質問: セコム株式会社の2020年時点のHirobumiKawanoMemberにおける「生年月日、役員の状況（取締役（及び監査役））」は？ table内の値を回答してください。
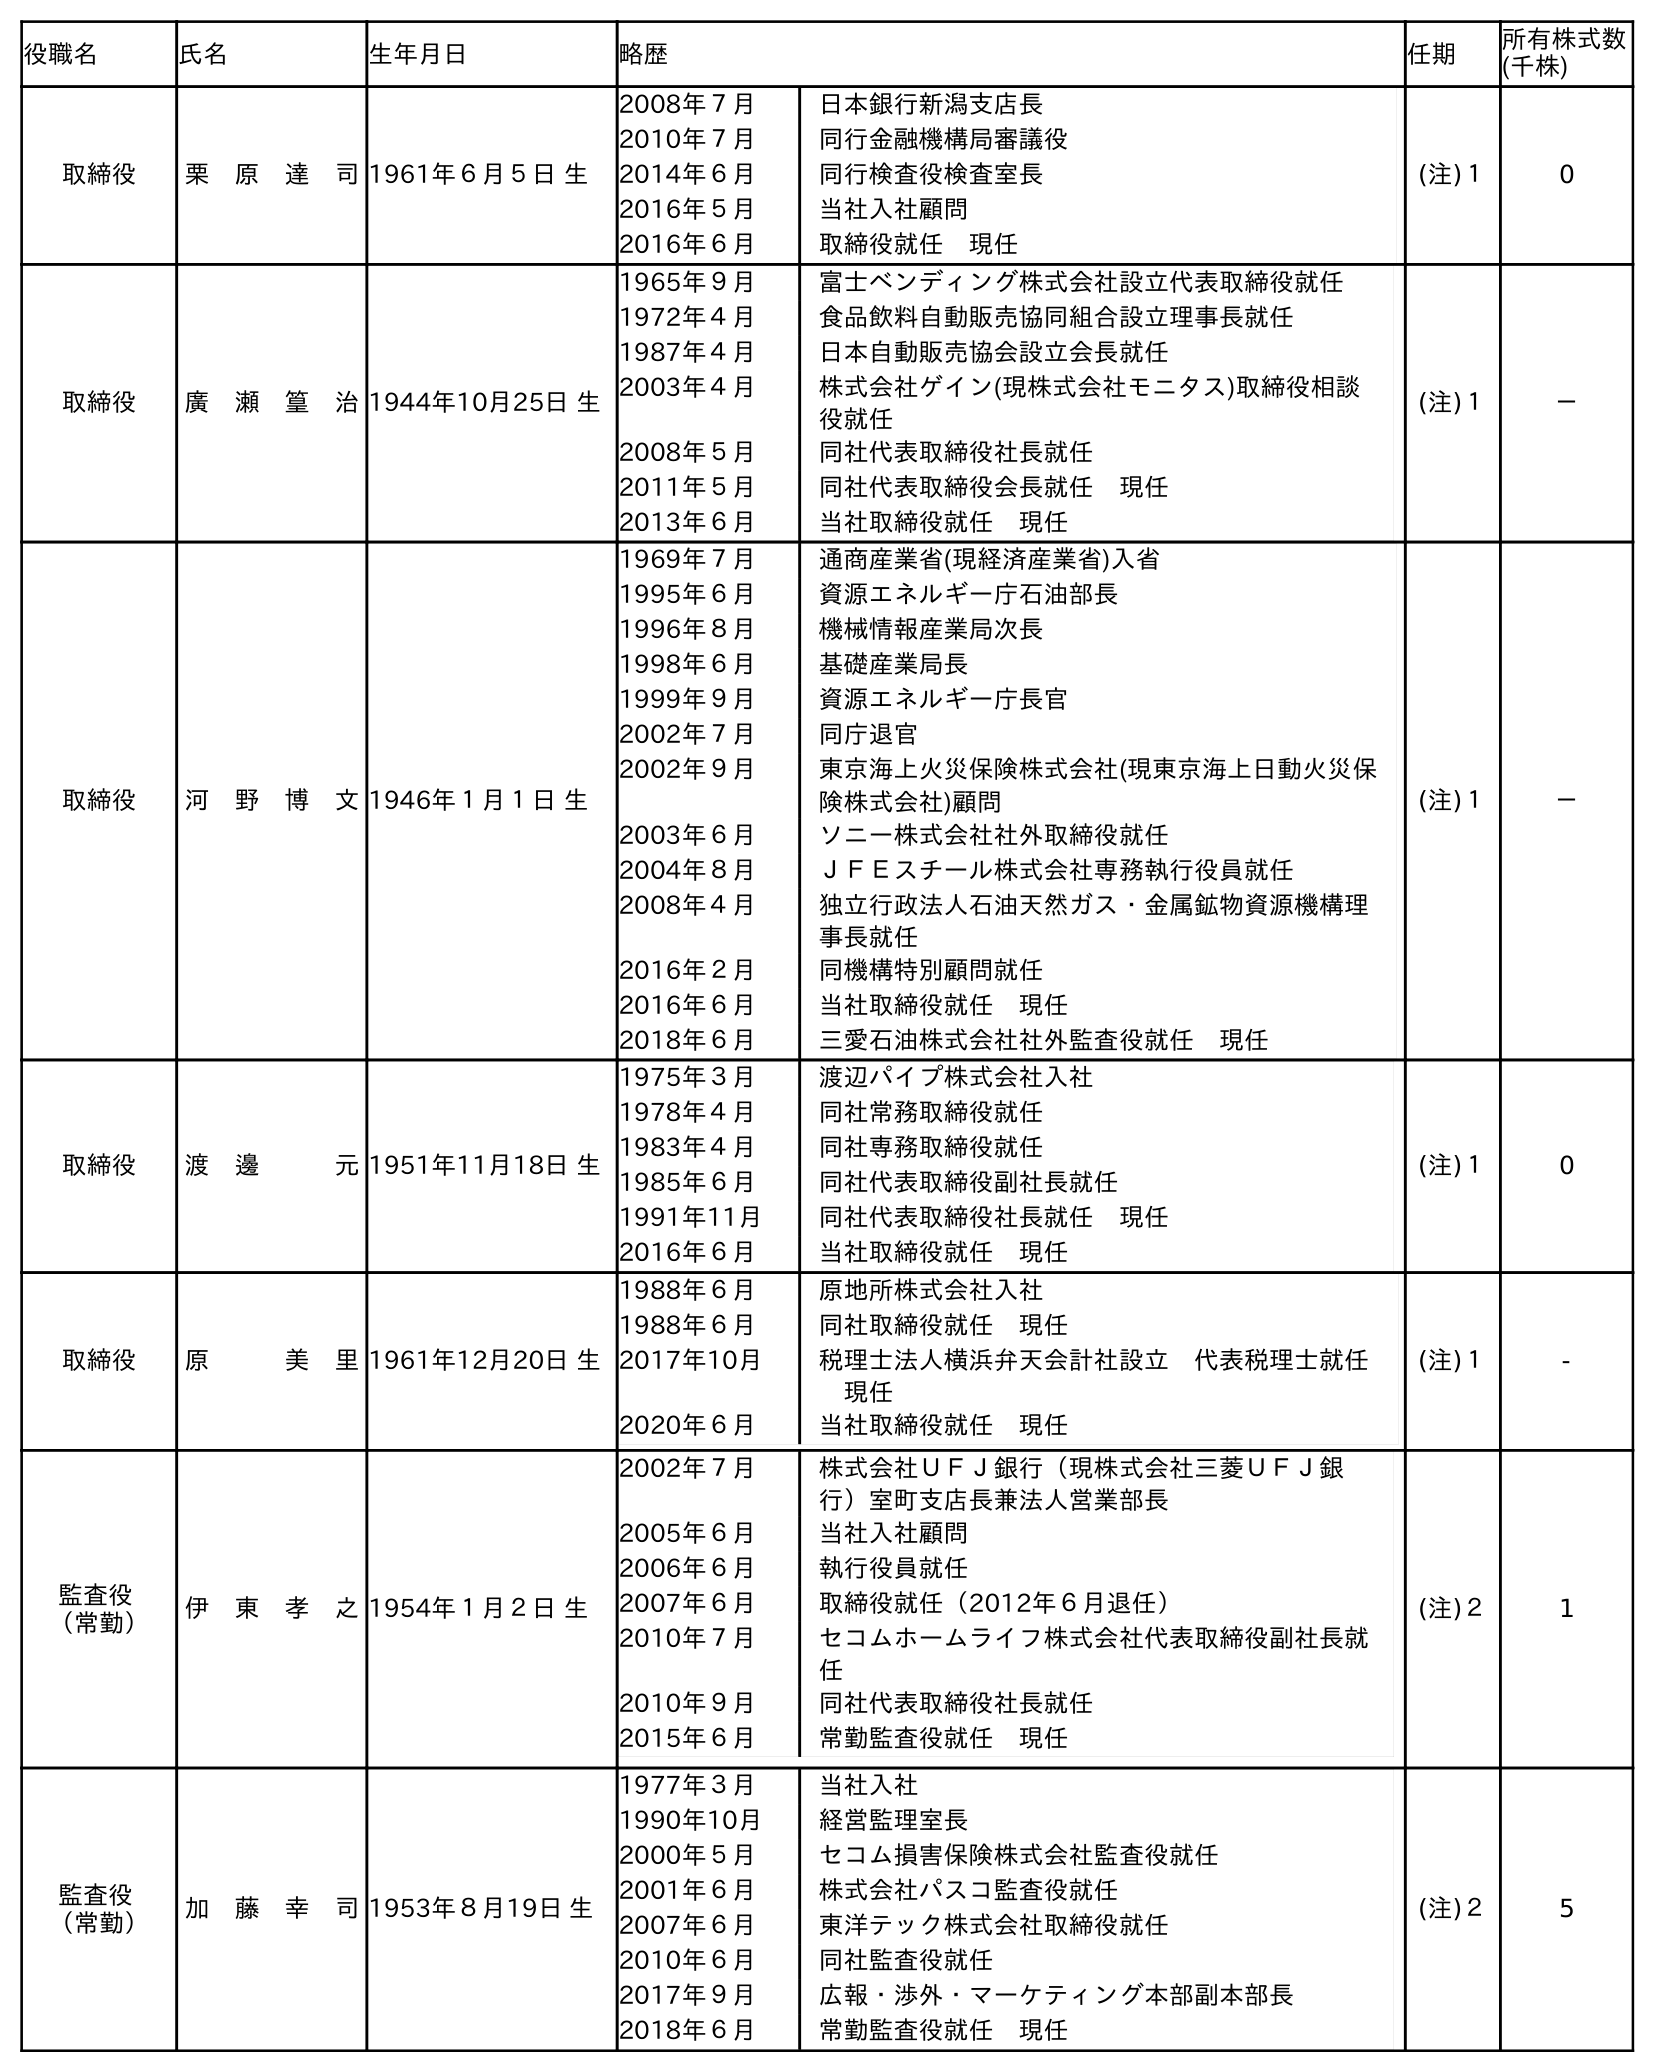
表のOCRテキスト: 役職名 氏名 生年月日 略歴 任期 所有株式数 (千株) 取締役 栗 原 達 司1961年６月５日 生 2008年７月 日本銀行新潟支店長 2010年７月 同行金融機構局審議役 2014年６月 同行検査役検査室長 2016年５月 当社入社顧問 2016年６月 取締役就任 現任 (注)１ 0 取締役 廣 瀬 篁 治1944年10月25日 生 1965年９月 富士ベンディング株式会社設立代表取締役就任 1972年４月 食品飲料自動販売協同組合設立理事長就任 1987年４月 日本自動販売協会設立会長就任 2003年４月 株式会社ゲイン(現株式会社モニタス)取締役相談 役就任 2008年５月 同社代表取締役社長就任 2011年５月 同社代表取締役会長就任 現任 2013年６月 当社取締役就任 現任 (注)１ － 取締役 河 野 博 文1946年１月１日 生 1969年７月 通商産業省(現経済産業省)入省 1995年６月 資源エネルギー庁石油部長 1996年８月 機械情報産業局次長 1998年６月 基礎産業局長 1999年９月 資源エネルギー庁長官 2002年７月 同庁退官 2002年９月 東京海上火災保険株式会社(現東京海上日動火災保 険株式会社)顧問 2003年６月 ソニー株式会社社外取締役就任 2004年８月 ＪＦＥスチール株式会社専務執行役員就任 2008年４月 独立行政法人石油天然ガス・金属鉱物資源機構理 事長就任 2016年２月 同機構特別顧問就任 2016年６月 当社取締役就任 現任 2018年６月 三愛石油株式会社社外監査役就任 現任 (注)１ － 取締役 渡 邊   元1951年11月18日 生 1975年３月 渡辺パイプ株式会社入社 1978年４月 同社常務取締役就任 1983年４月 同社専務取締役就任 1985年６月 同社代表取締役副社長就任 1991年11月 同社代表取締役社長就任 現任 2016年６月 当社取締役就任 現任 (注)１ 0 取締役 原   美 里1961年12月20日 生 1988年６月 原地所株式会社入社 1988年６月 同社取締役就任 現任 2017年10月 税理士法人横浜弁天会計社設立 代表税理士就任  現任 2020年６月 当社取締役就任 現任 (注)１ - 監査役 （常勤） 伊 東 孝 之1954年１月２日 生 2002年７月 株式会社ＵＦＪ銀行（現株式会社三菱ＵＦＪ銀 行）室町支店長兼法人営業部長 2005年６月 当社入社顧問 2006年６月 執行役員就任 2007年６月 取締役就任（2012年６月退任） 2010年７月 セコムホームライフ株式会社代表取締役副社長就 任 2010年９月 同社代表取締役社長就任 2015年６月 常勤監査役就任 現任 (注)２ 1 監査役 （常勤） 加 藤 幸 司1953年８月19日 生 1977年３月 当社入社 1990年10月 経営監理室長 2000年５月 セコム損害保険株式会社監査役就任 2001年６月 株式会社パスコ監査役就任 2007年６月 東洋テック株式会社取締役就任 2010年６月 同社監査役就任 2017年９月 広報・渉外・マーケティング本部副本部長 2018年６月 常勤監査役就任 現任 (注)２ 5
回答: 1946年１月１日生